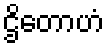
ဌိတောဟံ